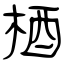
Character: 梄